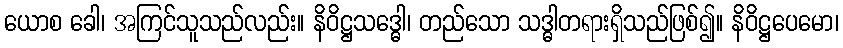
ယောစ ခေါ၊ အကြင်သူသည်လည်း။ နိဝိဋ္ဌသဒ္ဓေါ၊ တည်သော သဒ္ဓါတရားရှိသည်ဖြစ်၍။ နိဝိဋ္ဌပေမော၊